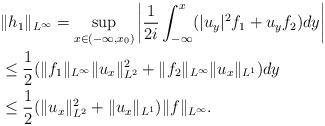
LaTeX: \begin{align*}& \|h_{1 }\|_{L^\infty} = \sup_{x\in (-\infty, x_0)} \bigg| \frac{1}{2i} \int_{-\infty}^x(|u_y|^2 f_1+u_yf_2)dy\bigg| \\ &\leq \frac{1}{2 } ( \|f_1\|_{L^\infty} \|u_x\|_{L^2}^2+\|f_2\|_{L^\infty} \|u_x\|_{L^1})dy \\ & \leq\frac{1}{2}(\|u_x\|^2_{L^2}+\|u_x\|_{L^1})\|f\|_{L^{\infty}}.\end{align*}